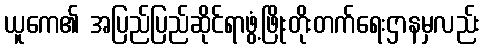
ယူကေ၏ အပြည်ပြည်ဆိုင်ရာဖွံ့ဖြိုးတိုးတက်ရေးဌာနမှလည်း